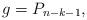
LaTeX: \begin{align*} g=P_{n-k-1},\end{align*}